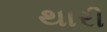
થારી